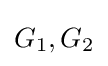
G_{1},G_{2}